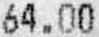
64.00